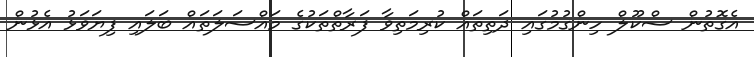
އެގޮތުން ސްކޫލް ހިންގުމުގައި ދަތިތައް ކުރިމަތިވާ ފަރާތްތަކުގެ މައްސަލަތައް ބަލައި ފިޔަވަޅު އެޅުން